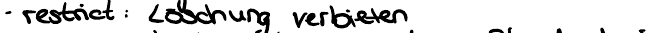
- restrict: Löschung verbieten